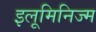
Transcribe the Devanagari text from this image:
इलूमिनिज्म